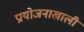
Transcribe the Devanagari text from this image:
प्रायोजनाखाली